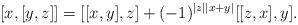
LaTeX: \begin{align*}[x,[y, z]]= [[x,y], z] + (-1)^{|z| |x+y|}[[z,x],y]. \end{align*}